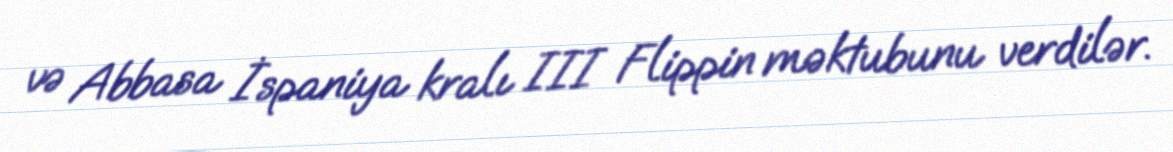
və Abbasa İspaniya kralı III Flippin məktubunu verdilər.